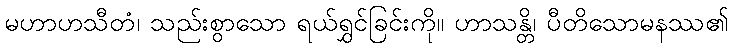
မဟာဟသီတံ၊ သည်းစွာသော ရယ်ရွှင်ခြင်းကို။ ဟာသန္တိ၊ ပီတိသောမနဿ၏